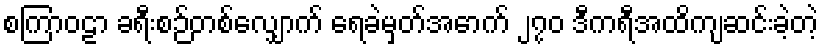
စကြာဝဠာ ခရီးစဉ်တစ်လျှောက် ရေခဲမှတ်အောက် ၂၇၀ ဒီကရီအထိကျဆင်းခဲ့တဲ့